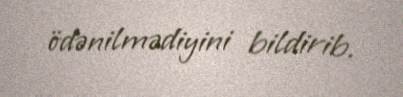
ödənilmədiyini bildirib.